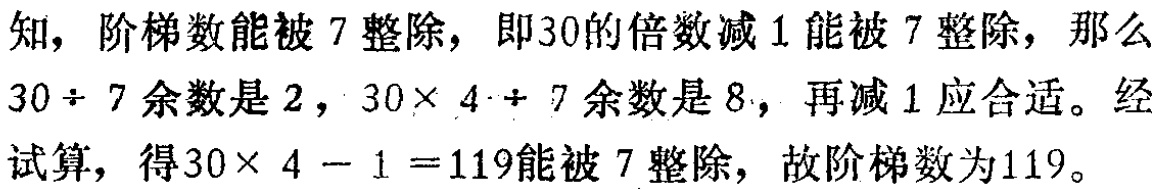
知，阶梯数能被 \(7\) 整除，即\(30\)的倍数减 \(1\) 能被 \(7\) 整除，那么\(30\div 7\)余数是 \(2\)，\(30\times 4\div 7\)余数是 \(8\)，再减 \(1\) 应合适。经试算，得\(30\times 4 - 1 =119\)能被 \(7\) 整除，故阶梯数为\(119\)。